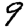
Digit: 9